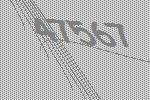
47567